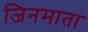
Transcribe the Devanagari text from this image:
जिनमाता